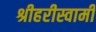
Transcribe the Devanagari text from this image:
श्रीहरीस्वामी